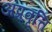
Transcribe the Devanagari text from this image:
अप्रवृत्ति